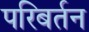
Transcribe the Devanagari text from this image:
परिबर्तन